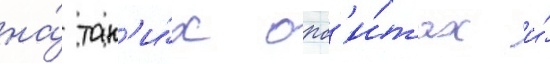
на́ так'и́х орб'и́тах и́